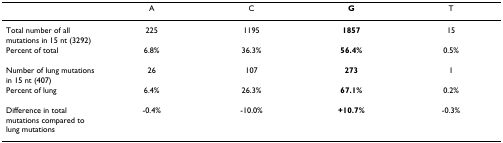
<table><thead><tr><td></td><td><b>A</b></td><td><b>C</b></td><td><b>G</b></td><td><b>T</b></td></tr></thead><tbody><tr><td>Total number of all mutations in 15 nt (3292)</td><td>225</td><td>1195</td><td><b>1857</b></td><td>15</td></tr><tr><td>Percent of total</td><td>6.8%</td><td>36.3%</td><td><b>56.4%</b></td><td>0.5%</td></tr><tr><td>Number of lung mutations in 15 nt (407)</td><td>26</td><td>107</td><td><b>273</b></td><td>1</td></tr><tr><td>Percent of lung</td><td>6.4%</td><td>26.3%</td><td><b>67.1%</b></td><td>0.2%</td></tr><tr><td>Difference in total mutations compared to lung mutations</td><td>-0.4%</td><td>-10.0%</td><td><b>+10.7%</b></td><td>-0.3%</td></tr></tbody></table>